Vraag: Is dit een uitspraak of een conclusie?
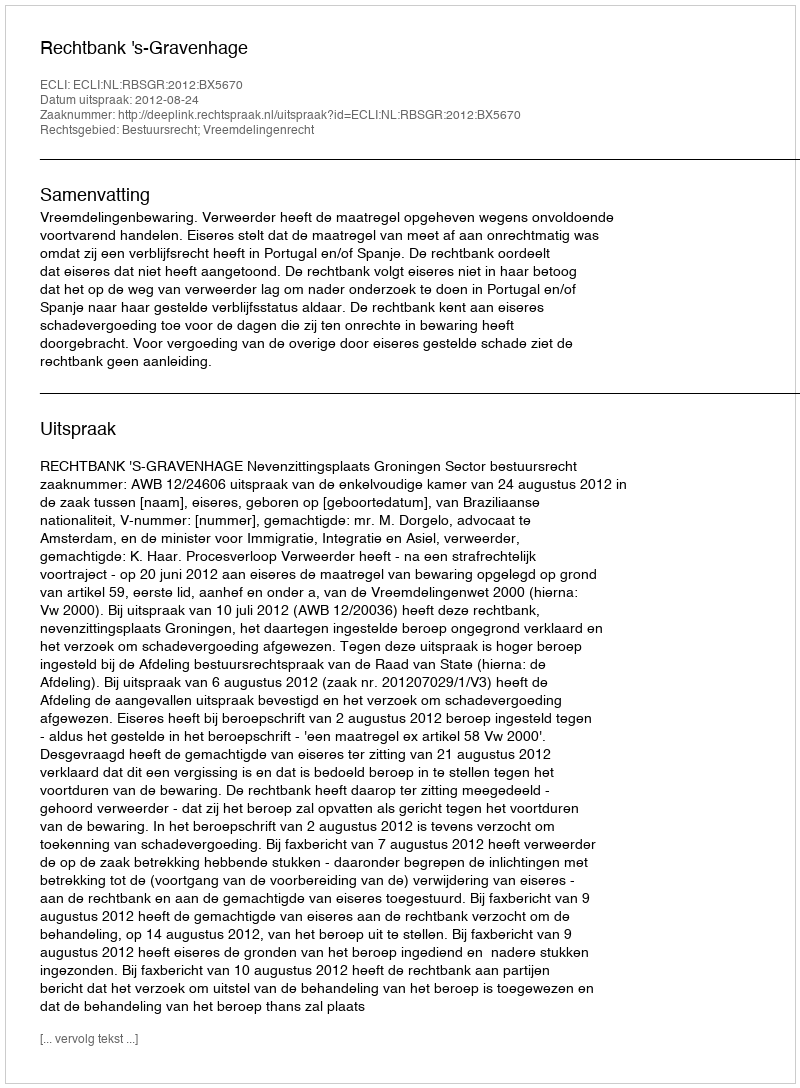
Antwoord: Uitspraak